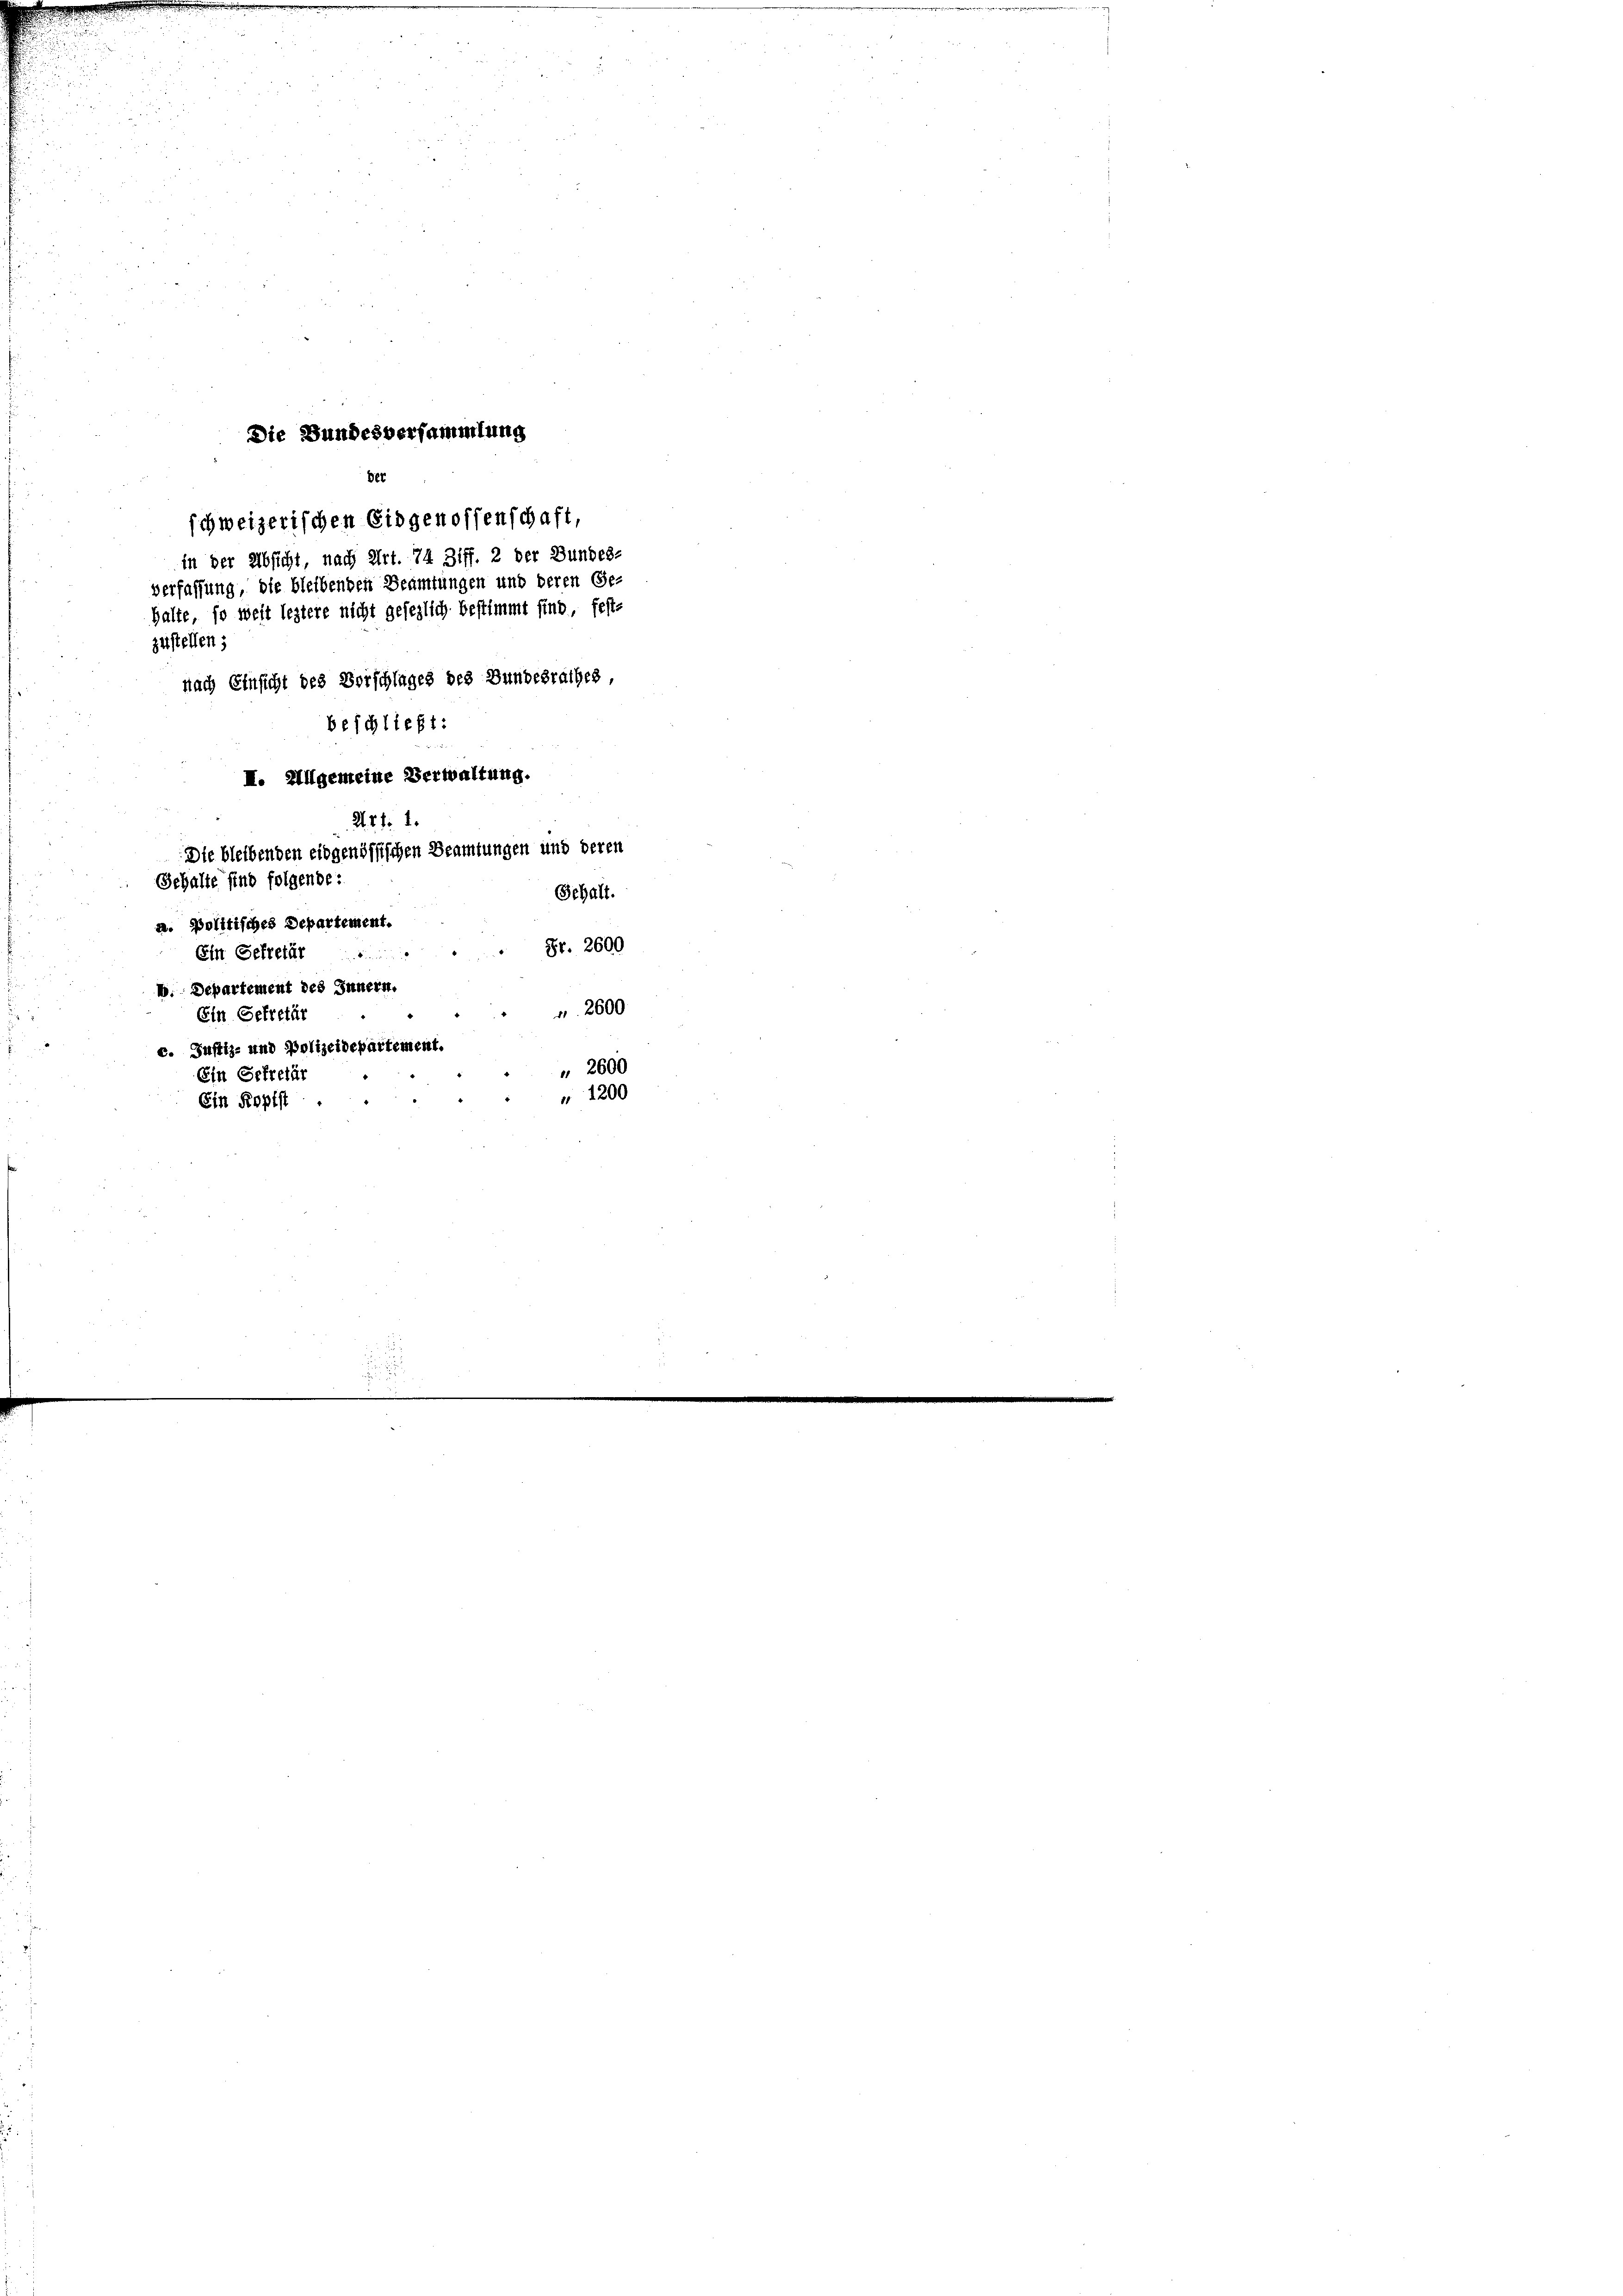
n
u

Die Bundesversammlung
der

schweizerischen Eidgenossenschaft,
in der Absicht, nach Art. 74 Ziff. 2 der Bundes-
Verfassung, die bleibenden Beamtungen und deren Ge-
Halte, so weit leztere nicht gesezlich bestimmt sind, fest-
zustellen;
nach Einsicht des Vorschlages des Bundesrathes,
Beschließt:
I. Allgemeine Verwaltung.
22 f. 1.
Die bleibenden eidgenössischen Beamtungen und deren
Gehalt.
a. Politisches Departement.
Fr. 2600
Ein Gekretär
b. Departement des Innern.
n. 2600
Ein Gefretär
c. Justiz- und Polizeidepartement.
 2600
Ein Gefreier
" 1200
e
Ein Kopfst

Gehalte sind folgende:

.
.